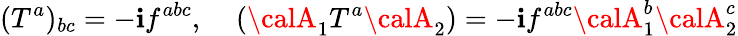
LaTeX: ({T^{a}})_{bc}=-\mathbf{i}f^{abc},\; \; \; \; ({\calA}_{1}T^{a}{\calA}_{2})=-\mathbf{i}f^{abc}{\calA}_{1}^{b}{\calA}_{2}^{c}